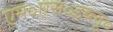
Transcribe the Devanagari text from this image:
एम॰एस॰डब्लू॰